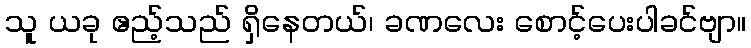
သူ ယခု ဧည့်သည် ရှိနေတယ်၊ ခဏလေး စောင့်ပေးပါခင်ဗျာ။